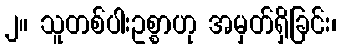
၂။ သူတစ်ပါးဥစ္စာဟု အမှတ်ရှိခြင်း၊